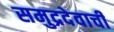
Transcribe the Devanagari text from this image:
समुद्रदेवाची